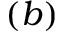
( b )